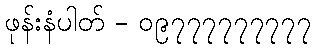
ဖုန်းနံပါတ် - ၀၉၇၇၇၇၇၇၇၇၇